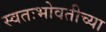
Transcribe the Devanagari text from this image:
स्वतःभोवतीच्या